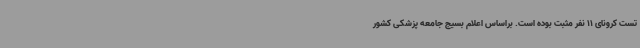
تست کرونای 11 نفر مثبت بوده است. براساس اعلام بسیج جامعه پزشکی کشور